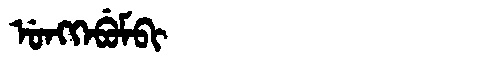
Manchu: ᡠᠩᡴᡝᠪᡠᠮᠪᡳ
Romanization: UNGKEBUMBI